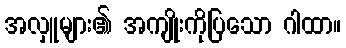
အလှူများ၏ အကျိုးကိုပြသော ဂါထာ။